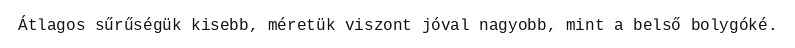
Átlagos sűrűségük kisebb, méretük viszont jóval nagyobb, mint a belső bolygóké.